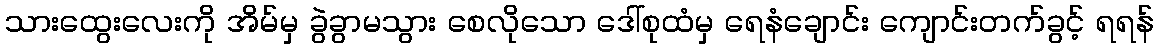
သားထွေးလေးကို အိမ်မှ ခွဲခွာမသွား စေလိုသော ဒေါ်စုထံမှ ရေနံချောင်း ကျောင်းတက်ခွင့် ရရန်